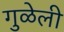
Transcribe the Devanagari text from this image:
गुळेली